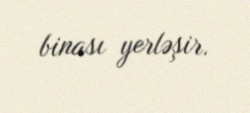
binası yerləşir.